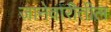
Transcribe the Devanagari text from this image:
जानेवारीतील